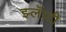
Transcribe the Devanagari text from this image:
झ्लॅाटी